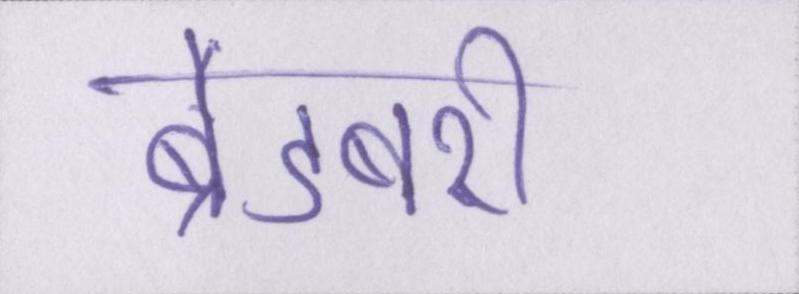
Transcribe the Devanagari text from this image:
ब्रैडबरी